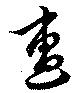
遭